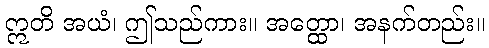
ဣတိ အယံ၊ ဤသည်ကား။ အတ္ထော၊ အနက်တည်း။